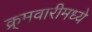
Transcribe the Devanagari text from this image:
क्र्मवारीमध्ये